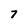
Character: 7